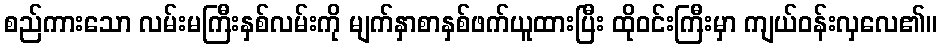
စည်ကားသော လမ်းမကြီးနှစ်လမ်းကို မျက်နှာစာနှစ်ဖက်ယူထားပြီး ထိုဝင်းကြီးမှာ ကျယ်ဝန်းလှလေ၏။